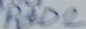
Text: PAD